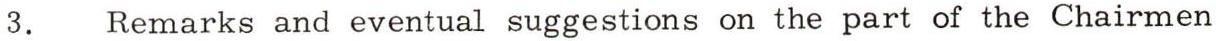
3. Remarks and eventual suggestions on the part of the Chairmen